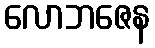
လောဘဇေန